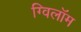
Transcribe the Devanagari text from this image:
ग्विलॉम